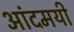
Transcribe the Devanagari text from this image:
आंदमयी